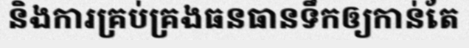
និងការគ្រប់គ្រងធនធានទឹកឲ្យកាន់តែ